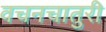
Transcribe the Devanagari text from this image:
वचनचातुरी